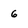
Character: 6